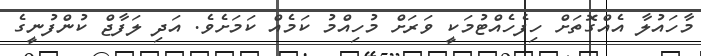
މާހައުލާ އެއްގޮތަށް ހިފެހެއްޓުމަކީ ވަރަށް މުހިއްމު ކަމެއް ކަމަށެވެ. އަދި ލަފާޖް ކުންފުނީގެ